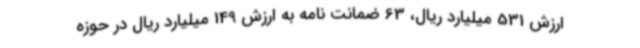
ارزش 531 میلیارد ریال، 63 ضمانت نامه به ارزش 149 میلیارد ریال در حوزه